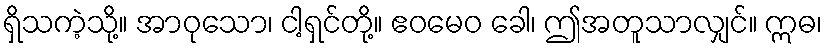
ရှိသကဲ့သို့။ အာဝုသော၊ ငါ့ရှင်တို့။ ဧဝမေဝ ခေါ၊ ဤအတူသာလျှင်။ ဣဓ၊